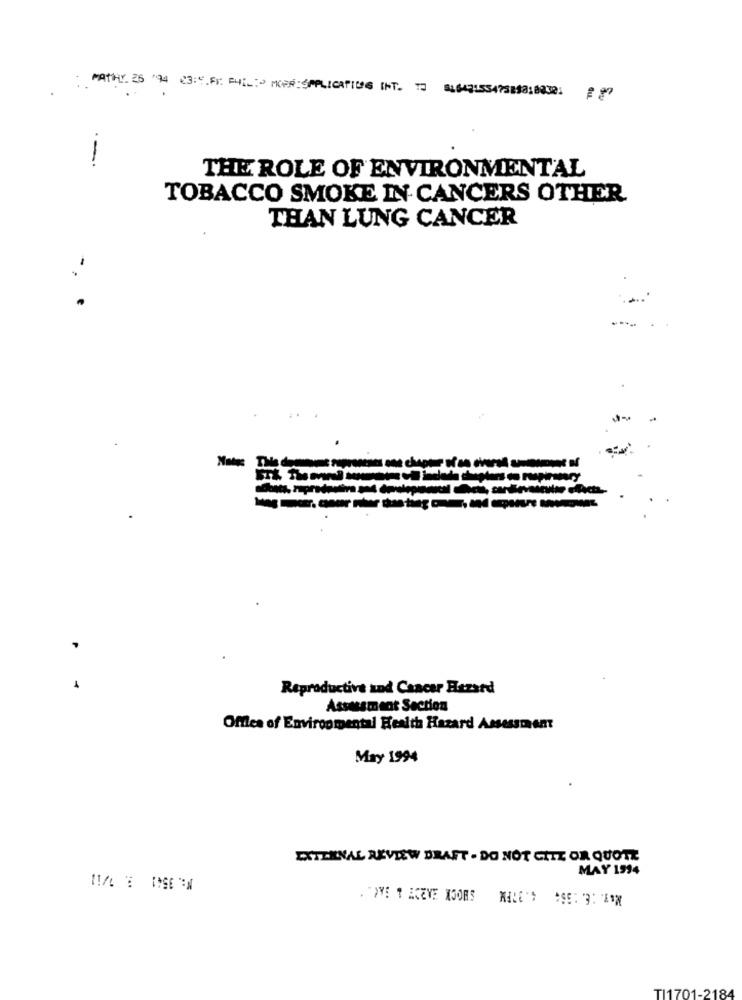
MATHY. 25 94 23:5. Fr. PHIL MOERSPLICATIONS INT. TO 164153475ISO10030] = 80
.-
THE ROLE OF ENVIRONMENTAL
TOBACCO SMOKE IN CANCERS OTHER
THAN LUNG CANCER
-
Reproductive and Cancer Hazard
Assessment Section
Offles of Environmental Health Hazard Assessment
May 1994
EXTERNAL REVIEW DRAFT . DO NOT CHE OR QUOTE
MAY 1994
. ">VE 1 ACEVE MOORS MILE'S *SE: 3: 1AM
TI1701-2184